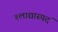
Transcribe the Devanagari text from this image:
श्लाद्यास्पदं